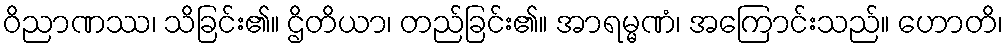
ဝိညာဏဿ၊ သိခြင်း၏။ ဌိတိယာ၊ တည်ခြင်း၏။ အာရမ္မဏံ၊ အကြောင်းသည်။ ဟောတိ၊